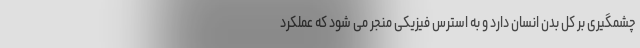
چشمگیری بر کل بدن انسان دارد و به استرس فیزیکی منجر می شود که عملکرد